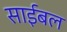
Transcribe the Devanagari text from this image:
साईबल